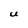
Character: U